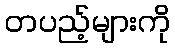
တပည့်များကို